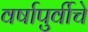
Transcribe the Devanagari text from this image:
वर्षापुर्वीचे